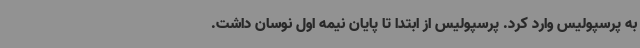
به پرسپولیس وارد کرد. پرسپولیس از ابتدا تا پایان نیمه اول نوسان داشت.